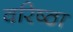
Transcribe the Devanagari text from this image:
वरिष्ठा